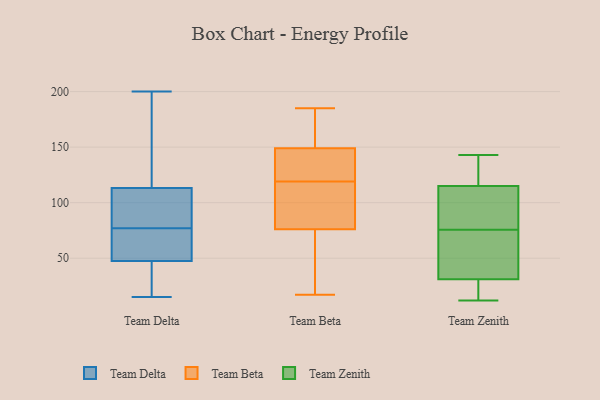
{"axis": {"x": "Temperature (°C)", "y": "Value"}, "legend": ["Team Beta", "Team Delta", "Team Zenith"], "data": [{"x": "", "y": 15, "type": "Team Delta"}, {"x": "", "y": 111, "type": "Team Delta"}, {"x": "", "y": 114, "type": "Team Delta"}, {"x": "", "y": 58, "type": "Team Delta"}, {"x": "", "y": 124, "type": "Team Delta"}, {"x": "", "y": 44, "type": "Team Delta"}, {"x": "", "y": 131, "type": "Team Delta"}, {"x": "", "y": 87, "type": "Team Delta"}, {"x": "", "y": 125, "type": "Team Delta"}, {"x": "", "y": 19, "type": "Team Delta"}, {"x": "", "y": 40, "type": "Team Delta"}, {"x": "", "y": 200, "type": "Team Delta"}, {"x": "", "y": 60, "type": "Team Delta"}, {"x": "", "y": 77, "type": "Team Delta"}, {"x": "", "y": 68, "type": "Team Delta"}, {"x": "", "y": 23, "type": "Team Delta"}, {"x": "", "y": 95, "type": "Team Delta"}, {"x": "", "y": 108, "type": "Team Delta"}, {"x": "", "y": 73, "type": "Team Delta"}, {"x": "", "y": 128, "type": "Team Beta"}, {"x": "", "y": 155, "type": "Team Beta"}, {"x": "", "y": 38, "type": "Team Beta"}, {"x": "", "y": 17, "type": "Team Beta"}, {"x": "", "y": 143, "type": "Team Beta"}, {"x": "", "y": 116, "type": "Team Beta"}, {"x": "", "y": 185, "type": "Team Beta"}, {"x": "", "y": 83, "type": "Team Beta"}, {"x": "", "y": 155, "type": "Team Beta"}, {"x": "", "y": 86, "type": "Team Beta"}, {"x": "", "y": 122, "type": "Team Beta"}, {"x": "", "y": 69, "type": "Team Beta"}, {"x": "", "y": 16, "type": "Team Zenith"}, {"x": "", "y": 95, "type": "Team Zenith"}, {"x": "", "y": 31, "type": "Team Zenith"}, {"x": "", "y": 12, "type": "Team Zenith"}, {"x": "", "y": 37, "type": "Team Zenith"}, {"x": "", "y": 104, "type": "Team Zenith"}, {"x": "", "y": 143, "type": "Team Zenith"}, {"x": "", "y": 56, "type": "Team Zenith"}, {"x": "", "y": 115, "type": "Team Zenith"}, {"x": "", "y": 127, "type": "Team Zenith"}]}